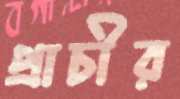
প্রাচীর